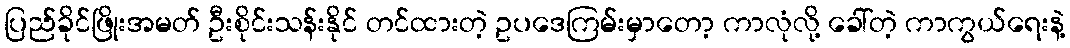
ပြည်ခိုင်ဖြိုးအမတ် ဦးစိုင်းသန်းနိုင် တင်ထားတဲ့ ဥပဒေကြမ်းမှာတော့ ကာလုံလို့ ခေါ်တဲ့ ကာကွယ်ရေးနဲ့